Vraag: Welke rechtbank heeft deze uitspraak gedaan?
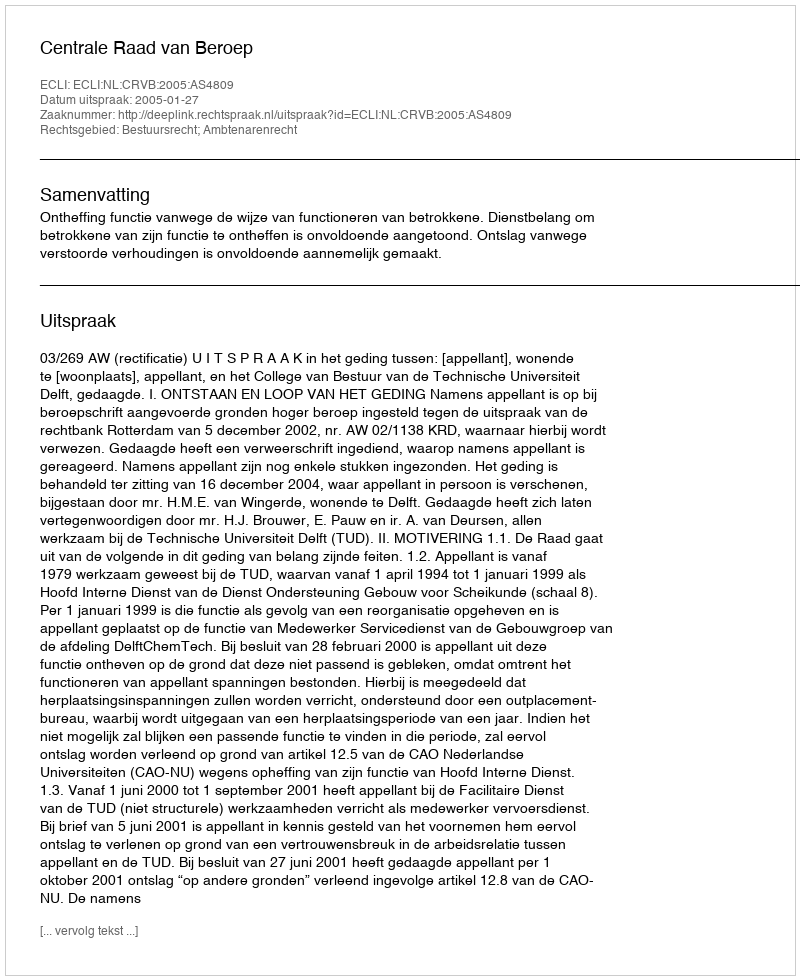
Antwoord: Centrale Raad van Beroep